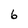
Character: 6